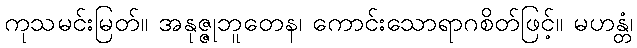
ကုသမင်းမြတ်။ အနုဇ္ဇုဘူတေန၊ ကောင်းသောရာဂစိတ်ဖြင့်။ မဟန္တံ၊